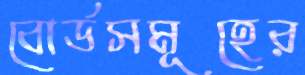
বোর্ডসমূহের